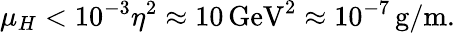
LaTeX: \mu_{H}<10^{-3}\eta^{2}\approx 10\, \mathrm{GeV}^{2}\approx 10^{-7}\, \mathrm{g/m}.